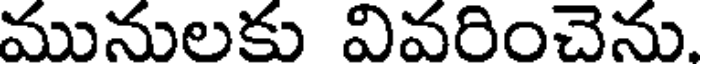
మునులకు వివరించెను.